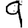
Digit: 9